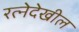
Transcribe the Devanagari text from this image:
रत्‍नेदेखील